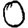
Digit: 0